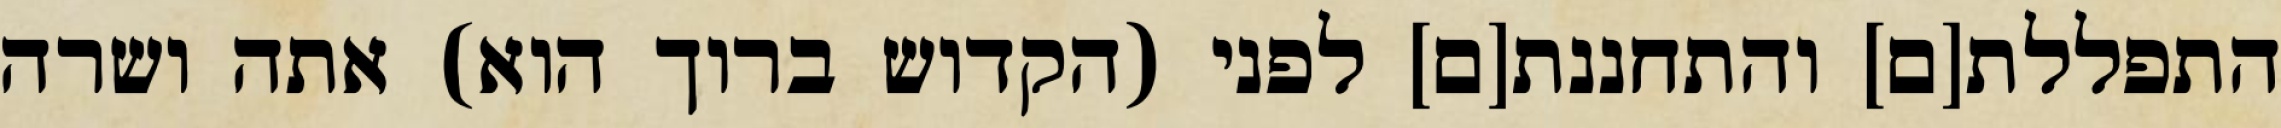
התפללת[ם] והתחננת[ם] לפני (הקדוש ברוך הוא) אתה ושרה